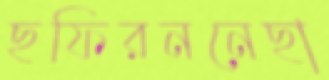
ছফিরননেছা